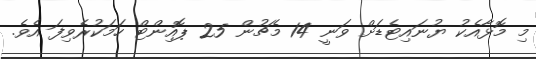
މި މޮޅާއެކު ޔުނައިޓެޑަށް ވަނީ 14 މެޗުން 25 ޕޮއިންޓް ހަމަކުރެވިފަ އެވެ.